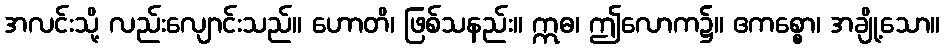
အလင်းသို့ လည်းလျောင်းသည်။ ဟောတိ၊ ဖြစ်သနည်း။ ဣဓ၊ ဤလောက၌။ ဧကစ္စော၊ အချို့သော။